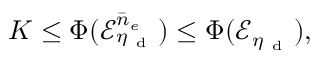
K \leq \Phi ( \mathcal { E } _ { \eta _ { \mathrm { ~ d ~ } } } ^ { \bar { n } _ { e } } ) \leq \Phi ( \mathcal { E } _ { \eta _ { \mathrm { ~ d ~ } } } ) ,